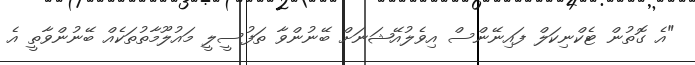
"އެ ގޮތުން ޓެކްނިކަލް ފައިނޭންސް އިވެލުއޭޝަނަށް ބޭނުންވާ ތަފުސީލީ މައުލޫމާތުތަކެއް ބޭނުންވާތީ އެ